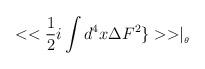
LaTeX: \begin{align*}<<\frac{1}{2}i\int d^{4}x\Delta F^{2}\}>>\mid _{_{\theta }}\end{align*}